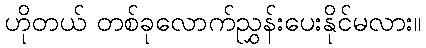
ဟိုတယ် တစ်ခုလောက်ညွှန်းပေးနိုင်မလား။